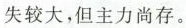
失较大，但主力尚存。